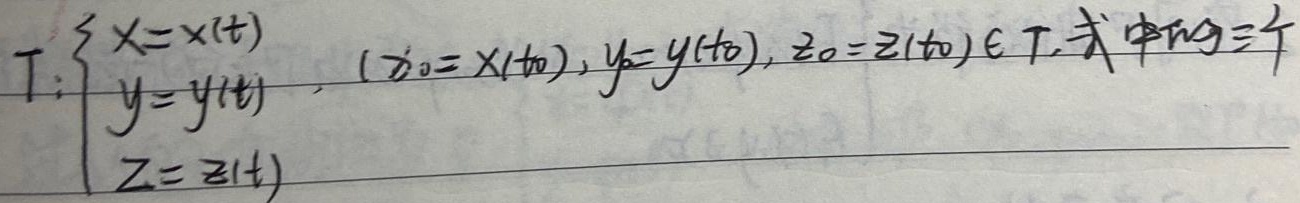
式中 \(t_0\) 为一个（此处文字不完整）

\[T:\begin{cases}x = x(t)\\y = y(t)\\z = z(t)\end{cases},(x_0 = x(t_0)),y_0 = y(t_0),z_0 = z(t_0)\in T\]